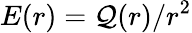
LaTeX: E(r)=\mathcal{Q}(r)/r^{2}